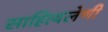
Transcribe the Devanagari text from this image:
साहित्यलेणी